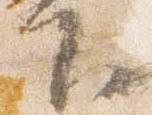
下